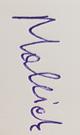
Signature authenticity: forged